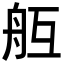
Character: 𦨝